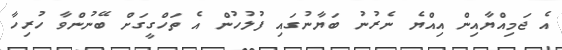
އެ ޖަމިއްޔާއިން އިއްޔެ ނެރުނު ބަޔާނުގައި ފުލުހުން އެ ތަހްގީގަށް ބޭނުންވާ ހުރިހާ